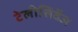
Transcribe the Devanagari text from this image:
टेलीसिर्वेज